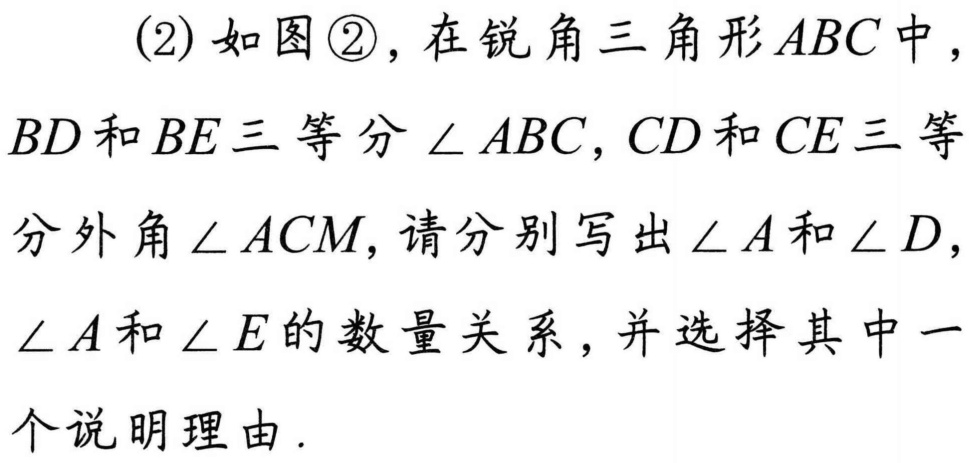
(2) 如图\textcircled{2}，在锐角三角形 \(ABC\) 中，
\(BD\) 和 \(BE\) 三等分 \(\angle ABC\)，\(CD\) 和 \(CE\) 三等
分外角 \(\angle ACM\)，请分别写出 \(\angle A\) 和 \(\angle D\)，
\(\angle A\) 和 \(\angle E\) 的数量关系，并选择其中一
个说明理由.